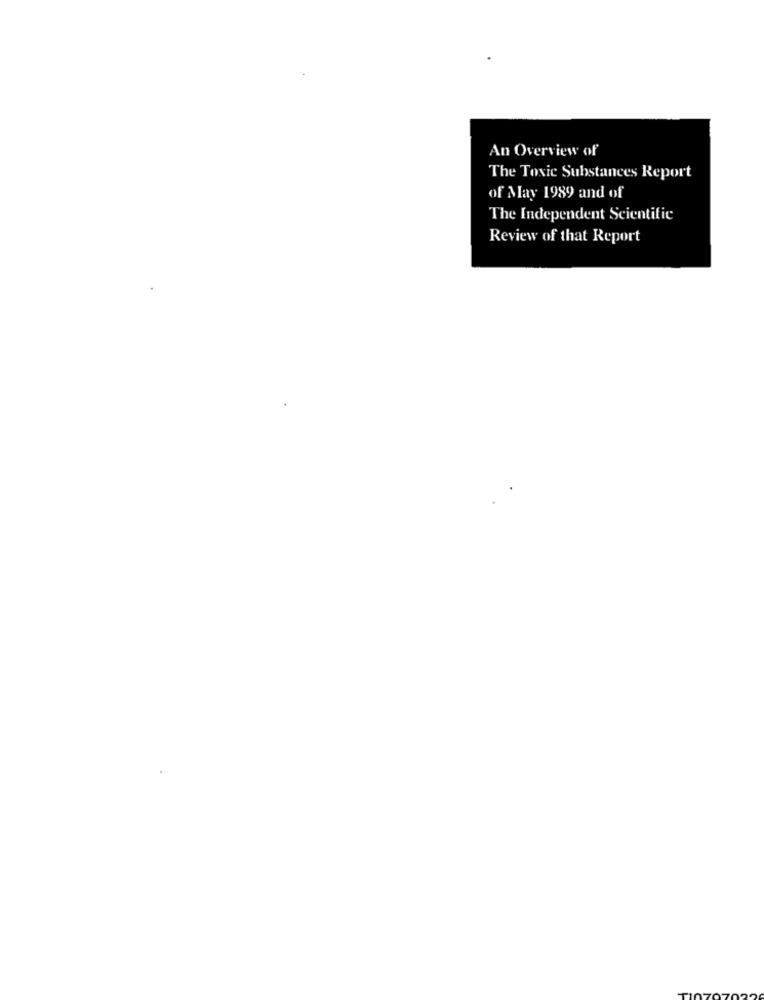
An Overview of
The Toxic Substances Report
of May 1989 and of
The Independent Scientific
Review of that Report